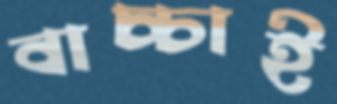
বাচ্চাই